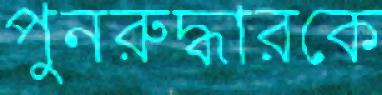
পুনরুদ্ধারকে